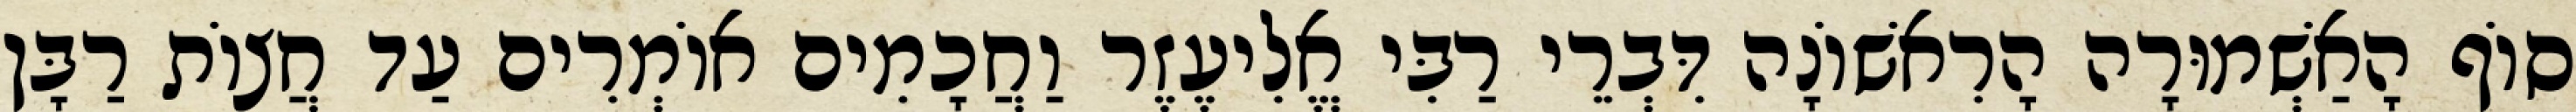
סוֹף הָאַשְׁמוּרָה הָרִאשׁוֹנָה דִּבְרֵי רַבִּי אֱלִיעֶזֶר וַחֲכָמִים אוֹמְרִים עַד חֲצוֹת רַבָּן